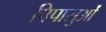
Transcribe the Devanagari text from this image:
पिपासुओं